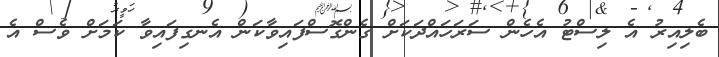
ބެލިއިރު އެ ލިސްޓު އެހެން ސަރަހައްދަކަށް ގެންގޮސްފައިވާކަން އެނގިފައިވާ ކަމަށް ވެސް އެ